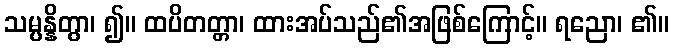
သမ္ပန္နိတွာ၊ ၍။ ထပိတတ္တာ၊ ထားအပ်သည်၏အဖြစ်ကြောင့်။ ရညော၊ ၏။